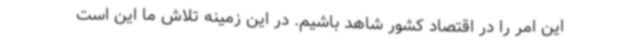
این امر را در اقتصاد کشور شاهد باشیم. در این زمینه تلاش ما این است